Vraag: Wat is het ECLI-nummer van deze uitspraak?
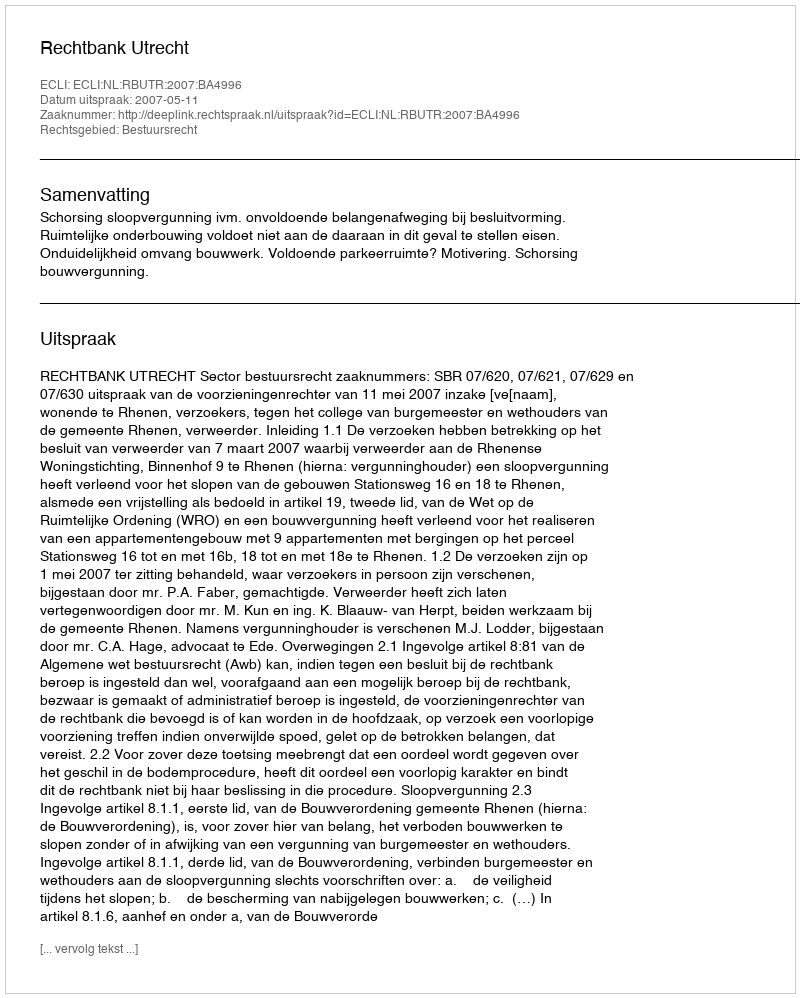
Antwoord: ECLI:NL:RBUTR:2007:BA4996